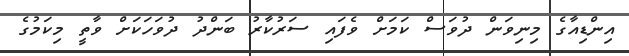
އިންޑިއާގެ މިނިވަން ދުވަސް ކަމަށް ވެފައި ސަރުކާރު ބަންދު ދުވަހަކަށް ވާތީ މިކަމުގެ